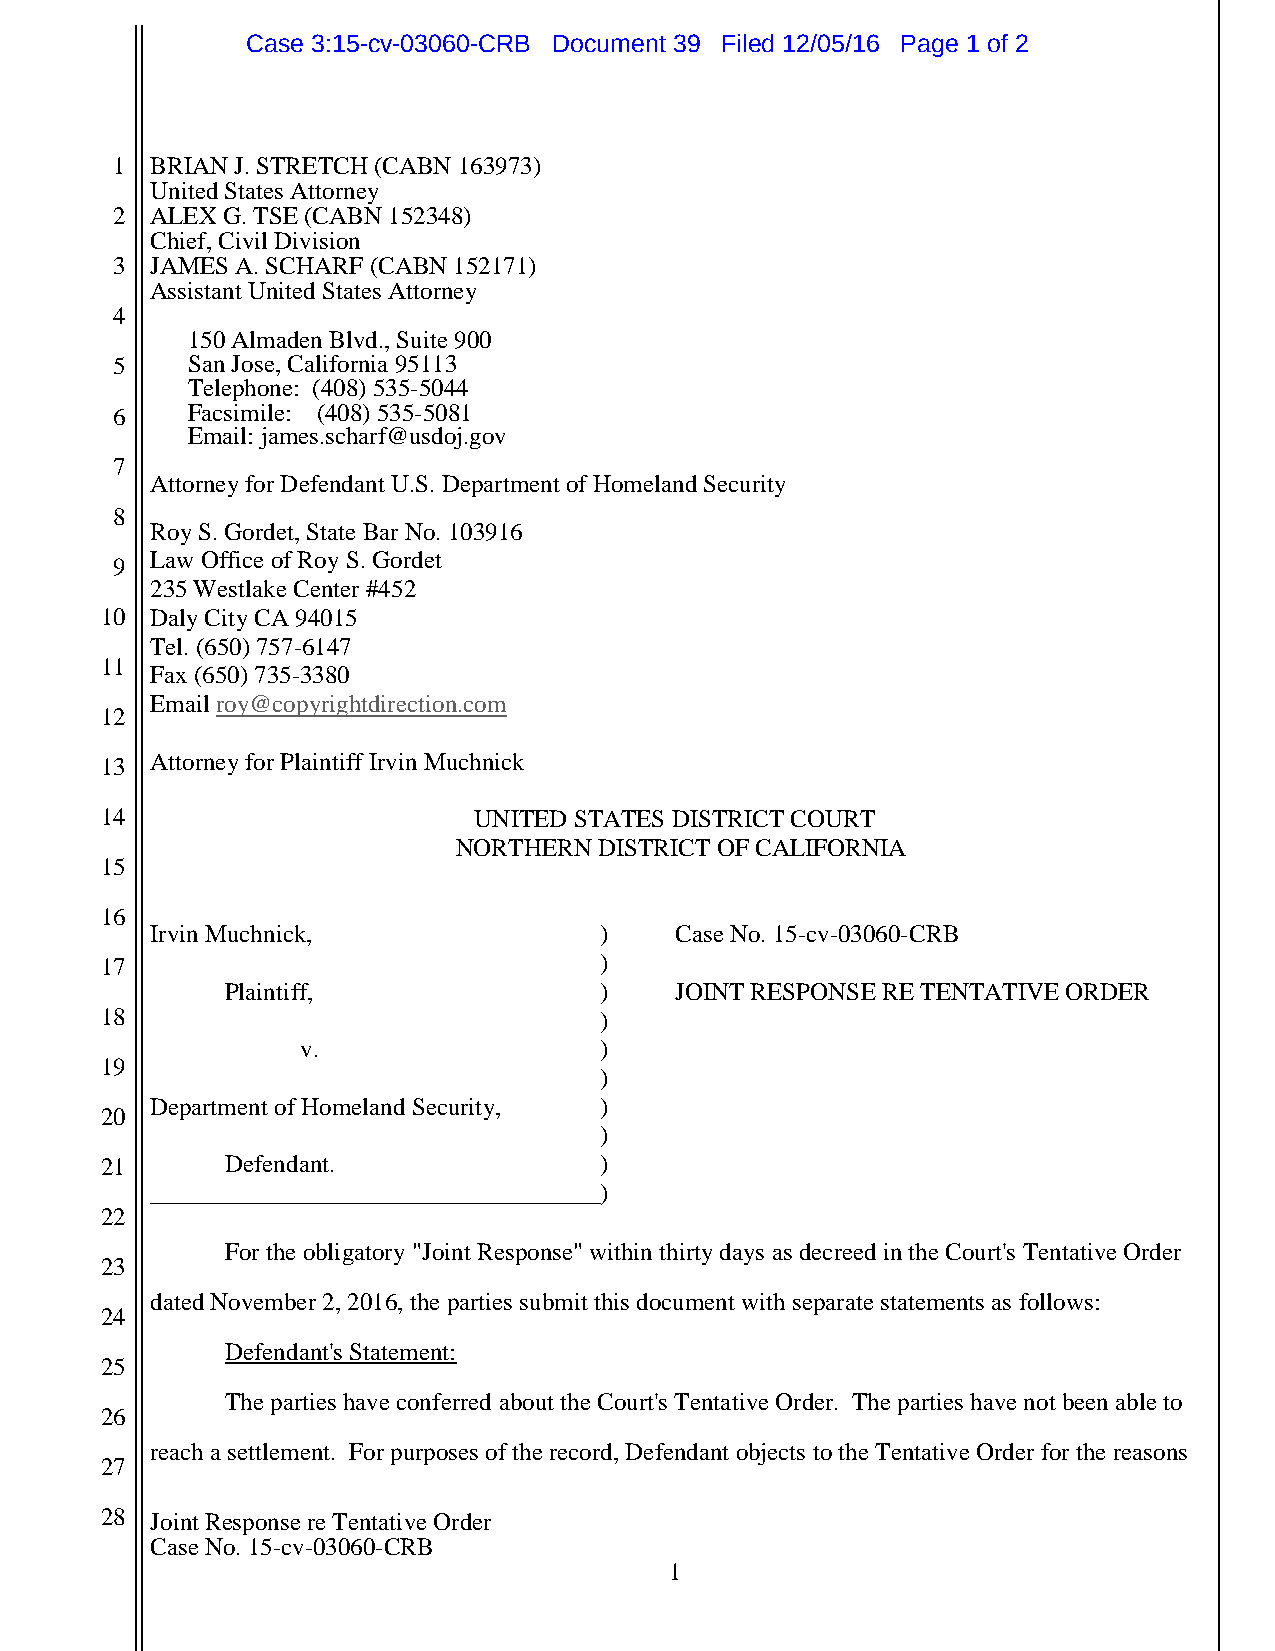
Case 3:15-cv-03060-CRB Document 39 Filed 12/05/16 Page 1 of 2
 1  BRIAN J. STRETCH (CABN 163973)
 United States Attorney
 2  ALEX G. TSE (CABN 152348)
 Chief, Civil Division
 3  JAMES A. SCHARF (CABN 152171)
 Assistant United States Attorney
 4
 150 Almaden Blvd., Suite 900
 5    San Jose, California 95113
 Telephone: (408) 535-5044
 6    Facsimile: (408) 535-5081
 Email: james.scharf@usdoj.gov
 7
 Attorney for Defendant U.S. Department of Homeland Security
 8
 Roy S. Gordet, State Bar No. 103916
 Law Office of Roy S. Gordet
 9
 235 Westlake Center #452
 10 Daly City CA 94015
 Tel. (650) 757-6147
 11
 Fax (650) 735-3380
 Email roy@copyrightdirection.com
 12
 13 Attorney for Plaintiff Irvin Muchnick
 14                      UNITED STATES DISTRICT COURT
 NORTHERN  DISTRICT OF CALIFORNIA
 15
 16
 Irvin Muchnick,               )    Case No. 15-cv-03060-CRB
 17                               )
 Plaintiff,               )    JOINT RESPONSE RE TENTATIVE ORDER
 18                               )
 v.                  )
 19
 )
 Department of Homeland Security, )
 20
 )
 21      Defendant.               )
 ____________________________________)
 22
 For the obligatory "Joint Response" within thirty days as decreed in the Court's Tentative Order
 23
 dated November 2, 2016, the parties submit this document with separate statements as follows:
 24
 Defendant's Statement:
 25
 The parties have conferred about the Court's Tentative Order. The parties have not been able to
 26
 reach a settlement. For purposes of the record, Defendant objects to the Tentative Order for the reasons
 27
 28 Joint Response re Tentative Order
 Case No. 15-cv-03060-CRB
 1